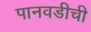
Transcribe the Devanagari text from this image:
पानवडीची